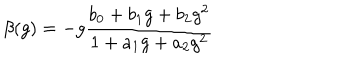
\beta ( g ) = - g \frac { b _ { 0 } + b _ { 1 } g + b _ { 2 } g ^ { 2 } } { 1 + a _ { 1 } g + a _ { 2 } g ^ { 2 } }